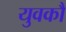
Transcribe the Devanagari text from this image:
युवकौं